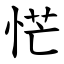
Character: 恾